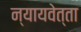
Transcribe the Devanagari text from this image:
न्यायवेत्ता